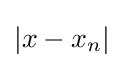
\left\vert x-x_{n}\right\vert